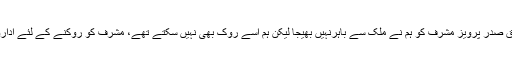
ان کا کہنا تھا کہ سابق صدر پرویز مشرف کو ہم نے ملک سے باہرنہیں بھیجا لیکن ہم اسے روک بھی نہیں سکتے تھے، مشرف کو روکنے کے لئے اداروں نے ساتھ نہیں دیا۔